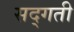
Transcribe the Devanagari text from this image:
सद्‌गती